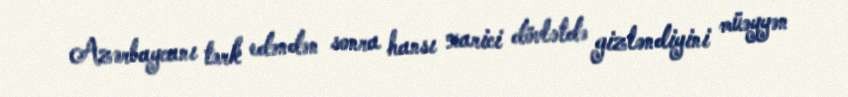
Azərbaycanı tərk edəndən sonra hansı xarici dövlətdə gizləndiyini müəyyən